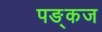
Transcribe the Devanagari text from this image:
पङ्कज